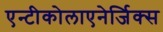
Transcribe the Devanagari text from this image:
एन्टीकोलाएनेर्जिक्स